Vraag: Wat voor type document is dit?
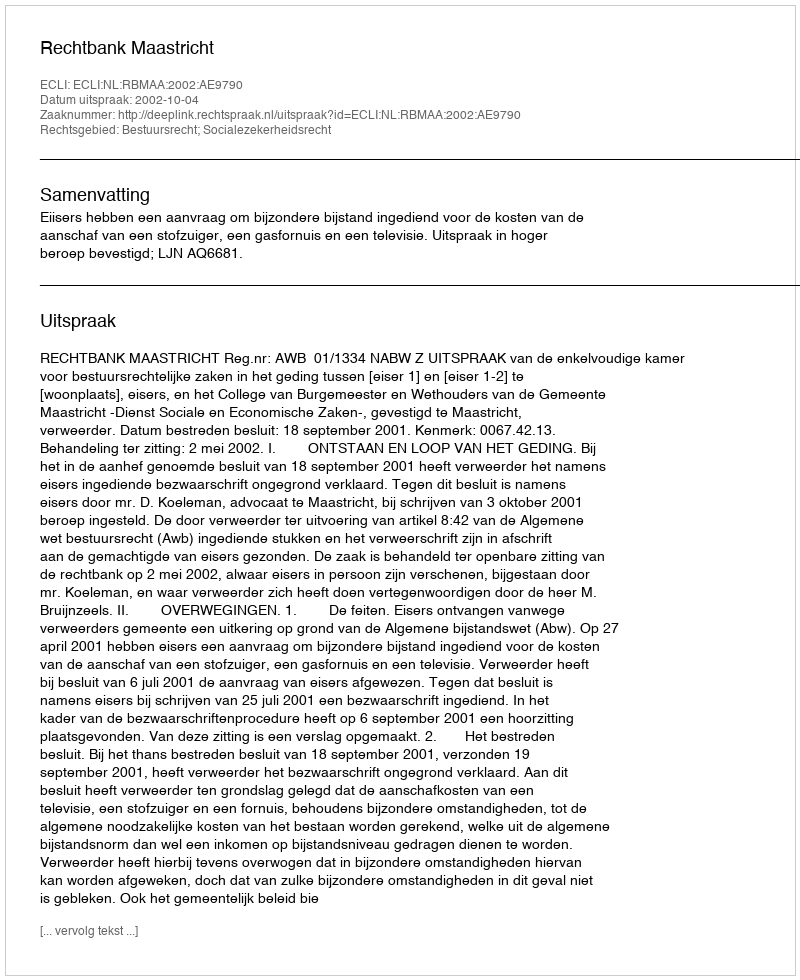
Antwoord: Uitspraak